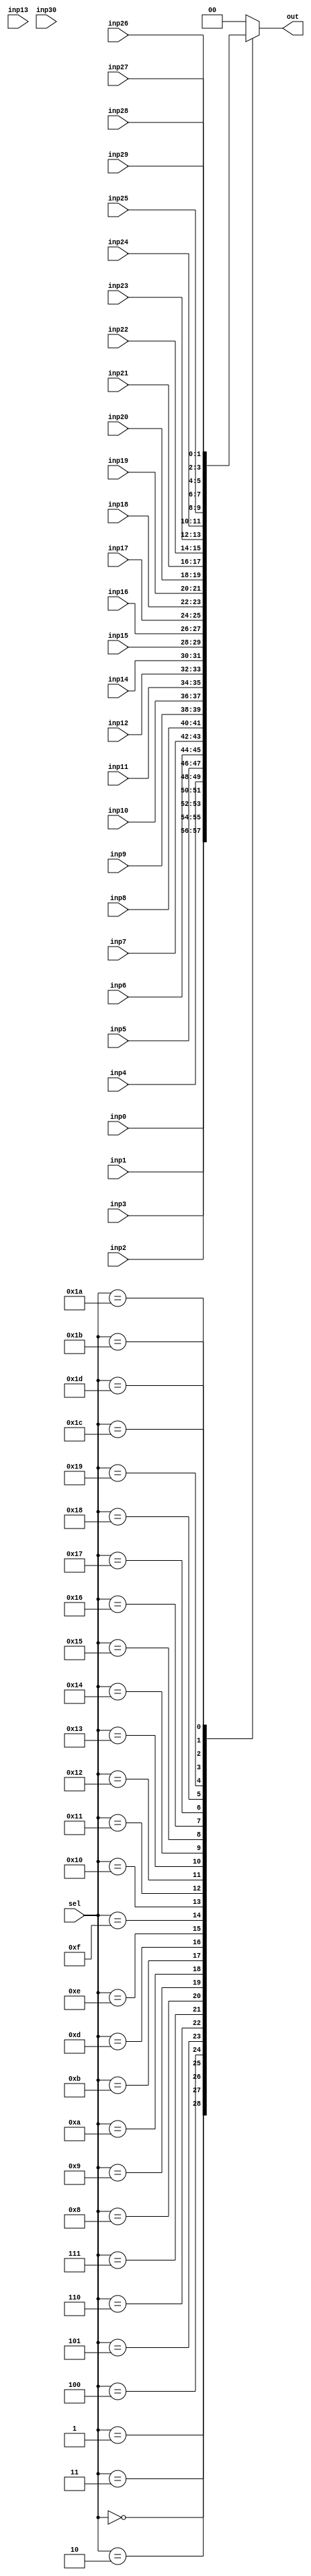
// See LICENSE.vyoma for details

module mux(sel,inp0, inp1, inp2, inp3, inp4, inp5, inp6, inp7, inp8, 
           inp9, inp10, inp11, inp12, inp13, inp14, inp15, inp16, inp17,
           inp18, inp19, inp20, inp21, inp22, inp23, inp24, inp25, inp26,
           inp27, inp28, inp29, inp30, out);

  input [4:0] sel;
  input [1:0] inp0, inp1, inp2, inp3, inp4, inp5, inp6,
            inp7, inp8, inp9, inp10, inp11, inp12, inp13, 
            inp14, inp15, inp16, inp17, inp18, inp19, inp20,
            inp21, inp22, inp23, inp24, inp25, inp26,
            inp27, inp28, inp29, inp30;

  output [1:0] out;
  reg [1:0] out;

  // Based on sel signal value, one of the inp0-inp30 gets assigned to the 
  // output signal
  always @(sel or inp0  or inp1 or  inp2 or inp3 or inp4 or inp5 or inp6 or
            inp7 or inp8 or inp9 or inp10 or inp11 or inp12 or inp13 or 
            inp14 or inp15 or inp16 or inp17 or inp18 or inp19 or inp20 or
            inp21 or inp22 or inp23 or inp24 or inp25 or inp26 or inp27 or 
            inp28 or inp29 or inp30 )

  begin
    case(sel)
      5'b00000: out = inp0;  
      5'b00001: out = inp1;  
      5'b00010: out = inp2;  
      5'b00011: out = inp3;  
      5'b00100: out = inp4;  
      5'b00101: out = inp5;  
      5'b00110: out = inp6;  
      5'b00111: out = inp7;  
      5'b01000: out = inp8;  
      5'b01001: out = inp9;  
      5'b01010: out = inp10;
      5'b01011: out = inp11;
      5'b01101: out = inp12;
      5'b01101: out = inp13;
      5'b01110: out = inp14;
      5'b01111: out = inp15;
      5'b10000: out = inp16;
      5'b10001: out = inp17;
      5'b10010: out = inp18;
      5'b10011: out = inp19;
      5'b10100: out = inp20;
      5'b10101: out = inp21;
      5'b10110: out = inp22;
      5'b10111: out = inp23;
      5'b11000: out = inp24;
      5'b11001: out = inp25;
      5'b11010: out = inp26;
      5'b11011: out = inp27;
      5'b11100: out = inp28;
      5'b11101: out = inp29;
      default: out = 0;
    endcase
  end

endmodule